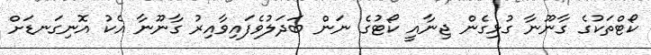
ކޯޓްތަކުގެ ގާނޫނާ ގުޅިގެން ޖިނާއީ ކޯޓުގެ ނަން ބަދަލުވެފައިވާއިރު ގާނޫނާ އެކު އޮނިގަނޑަށް